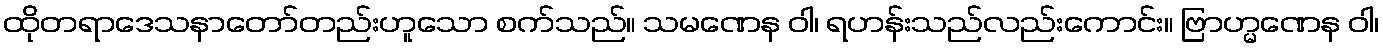
ထိုတရာဒေသနာတော်တည်းဟူသော စက်သည်။ သမဏေန ဝါ၊ ရဟန်းသည်လည်းကောင်း။ ဗြာဟ္မဏေန ဝါ၊